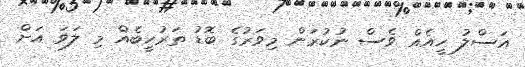
އަސްލު ހީއެއް ވެސް ނުކުރަން މިވަރުގެ ބޮޑު ތަރުހީބެއް މި ލަވަ އަށް